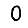
Digit: 0